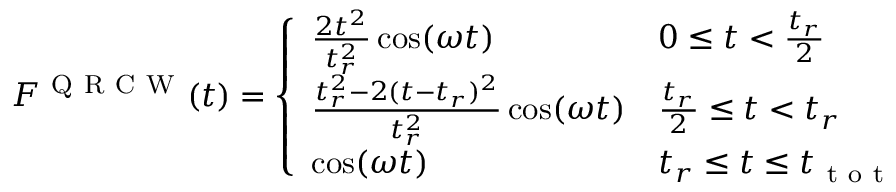
F ^ { \mathrm { ~ Q ~ R ~ C ~ W ~ } } ( t ) = \left\{ \begin{array} { l l } { \frac { 2 t ^ { 2 } } { t _ { r } ^ { 2 } } \cos ( \omega t ) } & { 0 \leq t < \frac { t _ { r } } { 2 } } \\ { \frac { t _ { r } ^ { 2 } - 2 ( t - t _ { r } ) ^ { 2 } } { t _ { r } ^ { 2 } } \cos ( \omega t ) } & { \frac { t _ { r } } { 2 } \leq t < t _ { r } } \\ { \cos ( \omega t ) } & { t _ { r } \leq t \leq t _ { \mathrm { ~ t ~ o ~ t ~ } } } \end{array} \right.